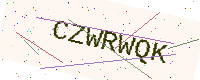
Text: CZWRWQK